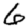
Digit: 6